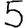
Digit: 5